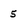
Character: 5